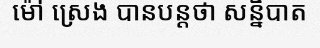
ម៉ៅ ស្រេង បានបន្តថា សន្និបាត